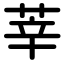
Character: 莘